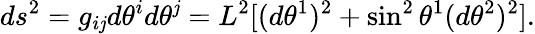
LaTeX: ds^{2}=g_{i\mathit{j}}d\theta^{i}d\theta^{\mathit{j}}=L^{2}[(d\theta^{1})^{2}+\sin^{2}\theta^{1}(d\theta^{2})^{2}].